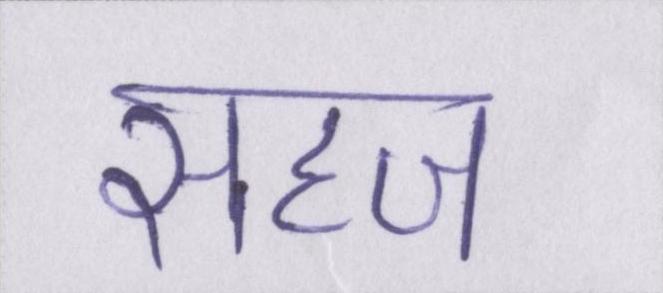
सहज